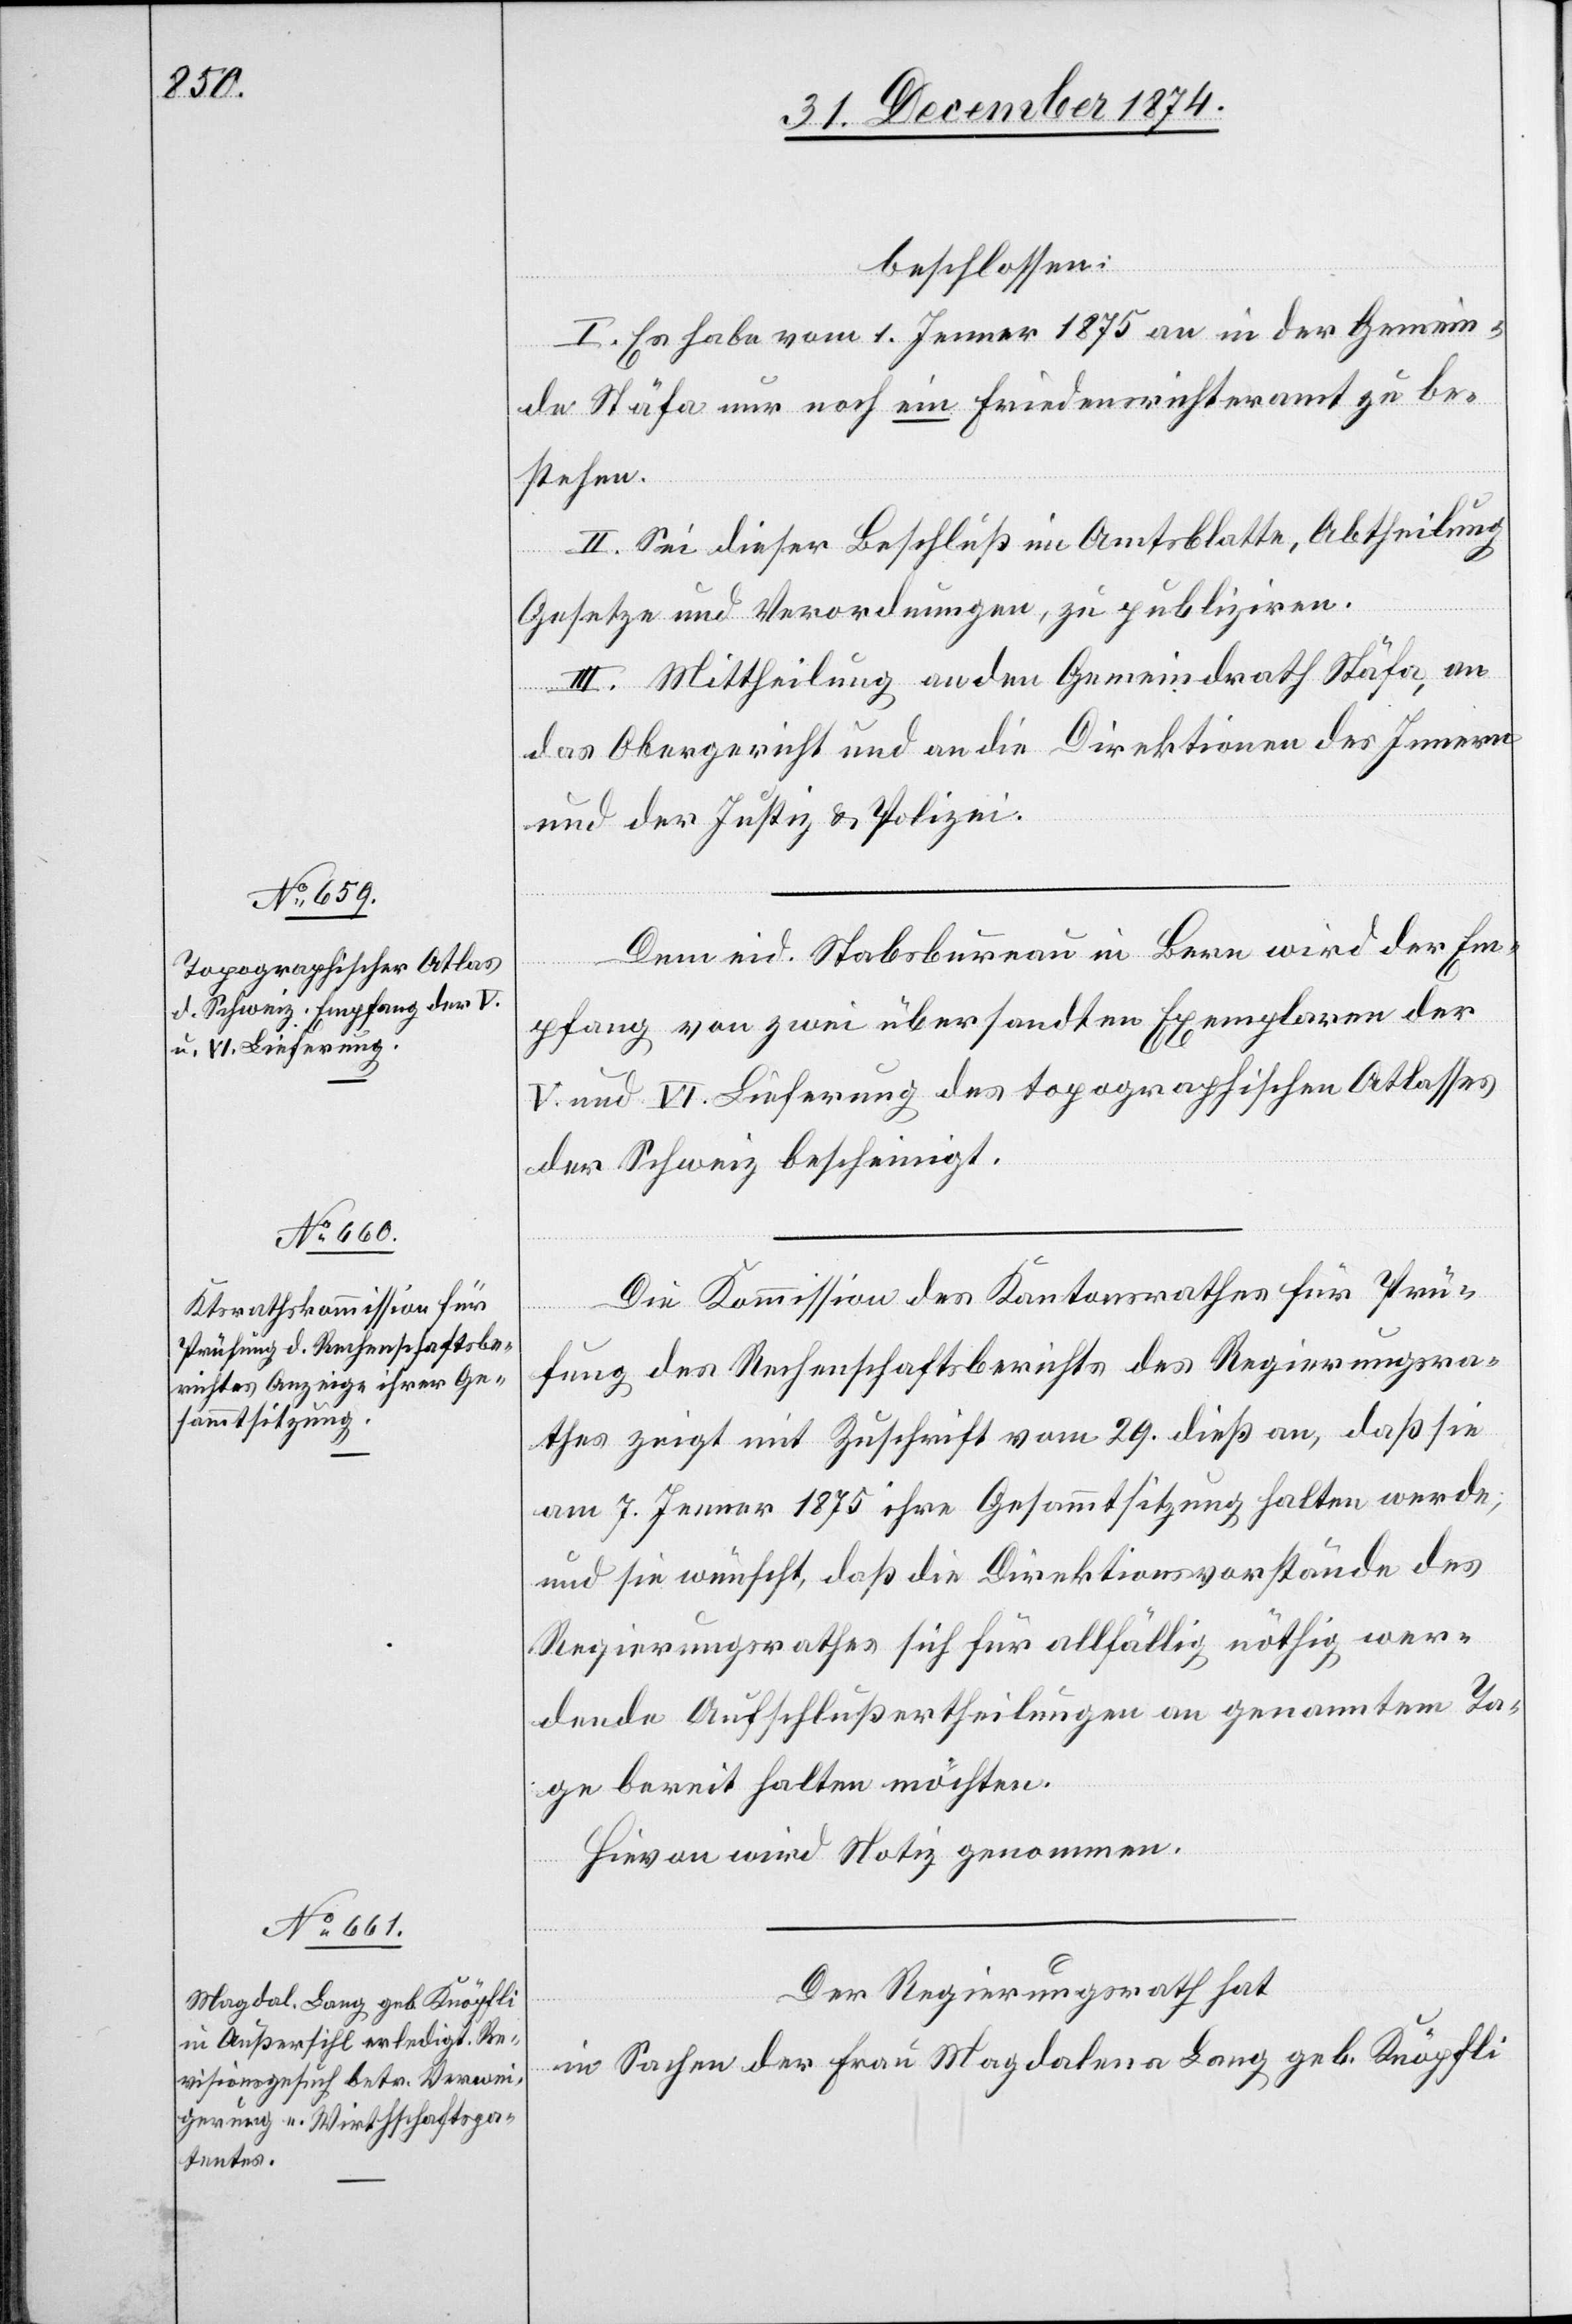
beschlossen:
I. Es habe vom 1. Jenner 1875 an in der Gemein¬
de Stäfa nur noch ein Friedensrichteramt zu be¬
stehen.
II. Sei dieser Beschluß im Amtsblatte, Abtheilung
Gesetze und Verordnungen, zu publiziren.
III. Mittheilung an den Gemeindrath Stäfa, an
das Obergericht und an die Direktion des Innern
und der Justiz & Polizei.
Dem eid. Stabsbureau in Bern wird der Em¬
pfang von zwei übersandten Exemplaren der
V. und VI. Lieferung des topographischen Atlasses
der Schweiz bescheinigt.
Die Kommission des Kantonsrathes für Prü¬
fung des Rechenschaftsberichts des Regierungsra¬
thes zeigt mit Zuschrift vom 29. dieß an, daß sie
am 7. Jenner 1875 ihre Gesammtsitzung halten werde,
und sie wünscht, daß die Direktionsvorstände des
Regierungsrathes sich für allfällig nöthig wer¬
dende Aufschlußertheilungen an genanntem Ta¬
ge bereit halten möchten.
Hievon wird Notiz genommen.
Der Regierungsrath hat
in Sachen der Frau Magdalena Lang geb. Knöpfli